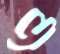
ও